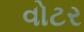
વોટર